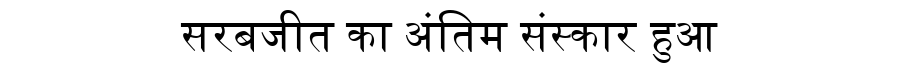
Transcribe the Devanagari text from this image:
सरबजीत का अंतिम संस्कार हुआ